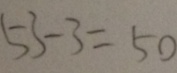
5 3 - 3 = 5 0